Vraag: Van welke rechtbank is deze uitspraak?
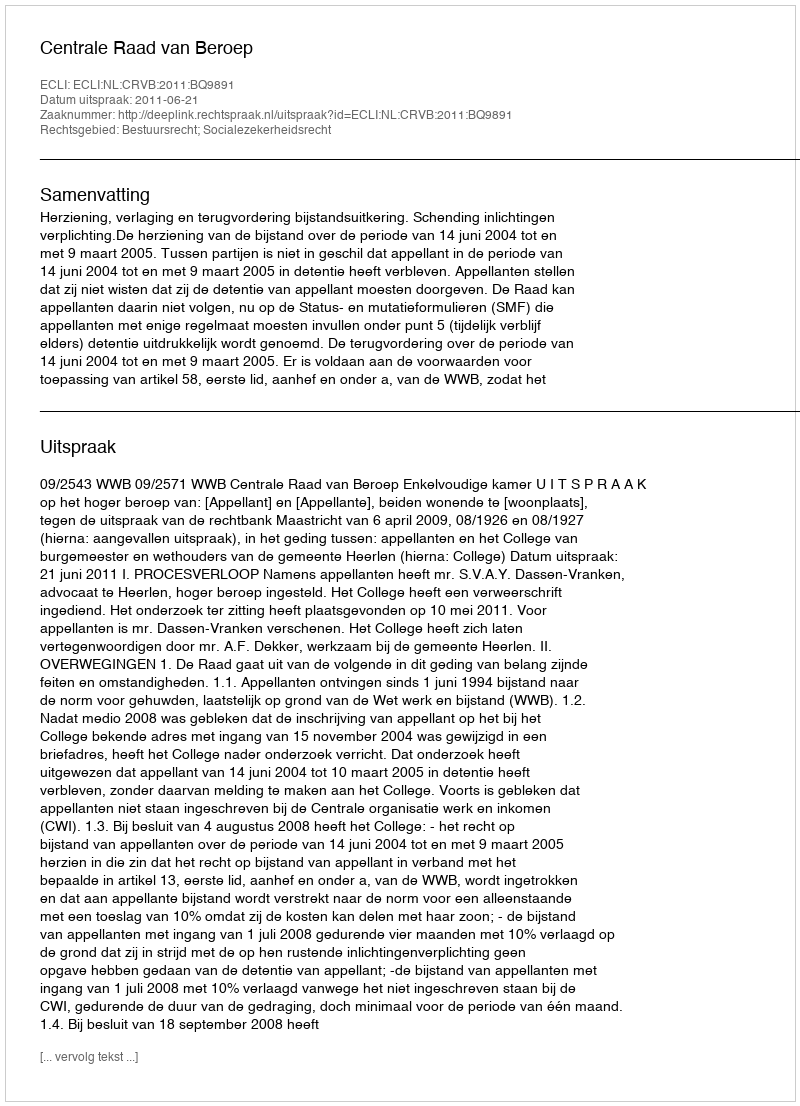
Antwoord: Centrale Raad van Beroep